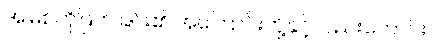
အမြစ်ကိုဖြတ်ခြင်း၏ အကြောင်းတို့နှင့်လည်းကောင်း။